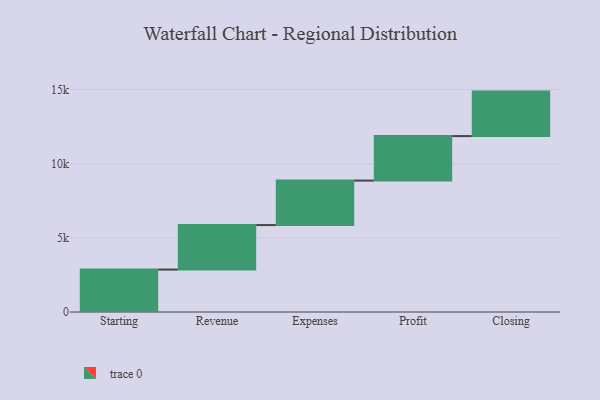
{"axis": {"x": "Step", "y": "Value"}, "legend": [""], "data": [{"x": "Starting", "y": 2862.0, "type": ""}, {"x": "Revenue", "y": 3000, "type": ""}, {"x": "Expenses", "y": 3000, "type": ""}, {"x": "Profit", "y": 3000, "type": ""}, {"x": "Closing", "y": 3000, "type": ""}]}